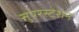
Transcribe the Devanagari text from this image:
सुपरस्टेशन